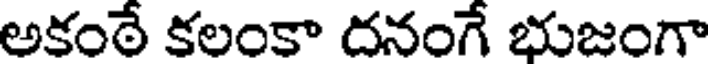
అకంఠే కలంకా దనంగే భుజంగా